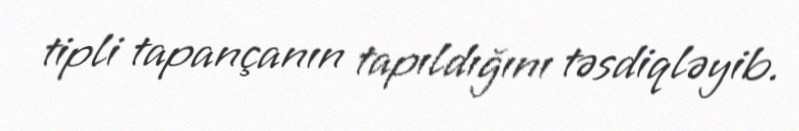
tipli tapançanın tapıldığını təsdiqləyib.